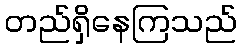
တည်ရှိနေကြသည်